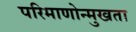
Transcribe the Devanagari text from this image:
परिमाणोन्मुखता